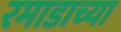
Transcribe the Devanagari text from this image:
रमाडाच्या